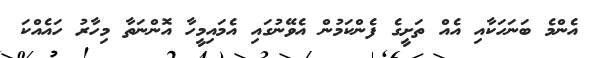
އެންމެ ބަނަހަކާއި އެއް ތަށީގެ ފެންކަމުން އެވޭނުގައި އެމައިމީހާ އޮންނަތާ މިހާރު ހައެއްކަ